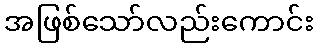
အဖြစ်သော်လည်းကောင်း